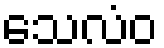
သေလံဝ